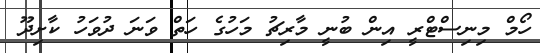
ހޯމް މިނިސްޓްރީ އިން ބުނީ މާރިޗު މަހުގެ ހަތް ވަނަ ދުވަހު ކާށިދޫ